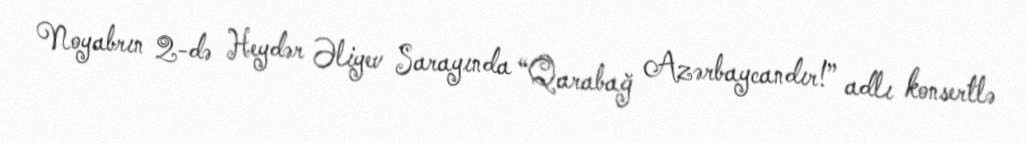
Noyabrın 2-də Heydər Əliyev Sarayında “Qarabağ Azərbaycandır!” adlı konsertlə